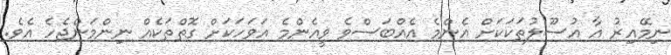
ނިމޭއިރު އާ އުސޫލުތަކަކަށް އެންމެ އެއްބަސްވެ ވީއެންމެ އަވަހަކަށް ގޮތްތަކެއް ނިންމަންޖެހެ އެވެ.